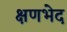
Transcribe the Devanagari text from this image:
क्षणभेद